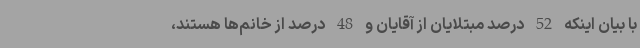
با بیان اینکه 52 درصد مبتلایان از آقایان و 48 درصد از خانم‌ها هستند،